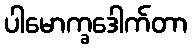
ပါမောက္ခဒေါက်တာ